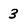
Character: 3